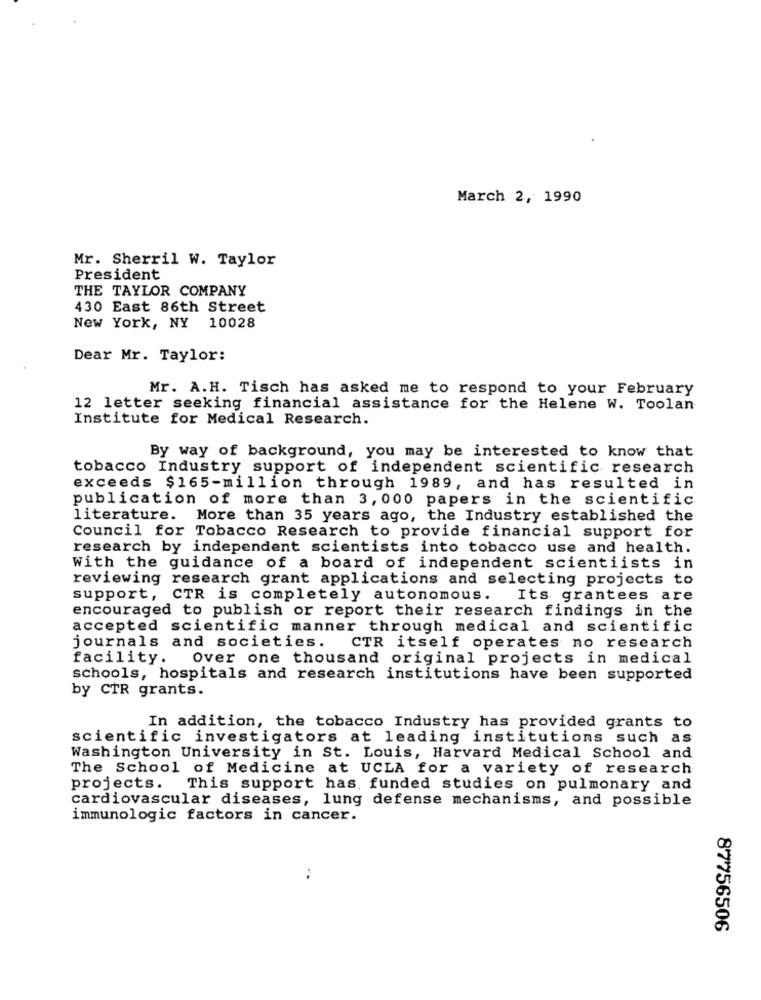
March 2, 1990
Mr. Sherril W. Taylor
President
THE TAYLOR COMPANY
430 East 86th Street
New York, NY 10028
Dear Mr. Taylor:
Mr. A.H. Tisch has asked me to respond to your February
12 letter seeking financial assistance for the Helene W. Toolan
Institute for Medical Research.
By way of background, you may be interested to know that
tobacco Industry support of independent scientific research
exceeds $165-million through 1989, and has resulted in
publication of more than 3, 000 papers in the scientific
literature. More than 35 years ago, the Industry established the
Council for Tobacco Research to provide financial support for
research by independent scientists into tobacco use and health.
With the guidance of a board of independent scientiists in
reviewing research grant applications and selecting projects to
support, CTR is completely autonomous.
Its grantees are
encouraged to publish or report their research findings in the
accepted scientific manner through medical and scientific
journals and societies. CTR itself operates no research
facility.
Over one thousand original projects in medical
schools, hospitals and research institutions have been supported
by CTR grants.
In addition, the tobacco Industry has provided grants to
scientific investigators at leading institutions such as
Washington University in St. Louis, Harvard Medical School and
The School of Medicine at UCLA for a variety of research
projects. This support has. funded studies on pulmonary and
cardiovascular diseases, lung defense mechanisms, and possible
immunologic factors in cancer.
..
87756506